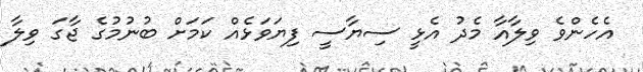
އެހެންވެ ވިލާއާ މެދު އެޅީ ސިޔާސީ ފިޔަވަޅެއް ކަމަށް ބުނުމުގެ ޖާގަ ވިލާ